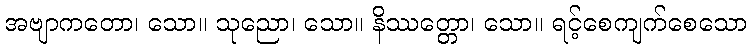
အဗျာကတော၊ သော။ သုညော၊ သော။ နိဿတ္တော၊ သော။ ရင့်စေကျက်စေသော